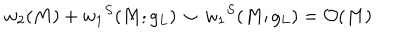
w _ { 2 } ( M ) + { w _ { 1 } } ^ { S } ( M ; g _ { L } ) ~ { \smile } ~ { w _ { 1 } } ^ { S } ( M ; g _ { L } ) = { \cal O } ( M )